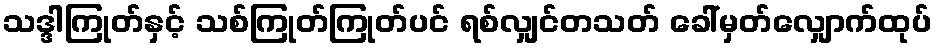
သဒ္ဒါကြုတ်နှင့် သစ်ကြုတ်ကြုတ်ပင် ရစ်လျှင်တသတ် ခေါ်မှတ်လျှောက်ထုပ်